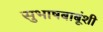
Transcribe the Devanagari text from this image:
सुभाषबाबूंशी